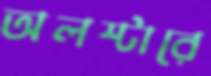
অলস্টারে